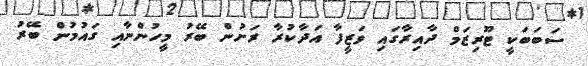
ސަބަބަކީ ޓޫރިޒަމް ދާއިރާގައި ވަޒީފާ އަދާކުރާ ރަށުން ބޭރު މީހުންނާއި ގައުމުން ބޭރު